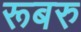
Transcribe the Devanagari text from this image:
रूबरु